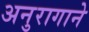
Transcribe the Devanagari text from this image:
अनुरागाने